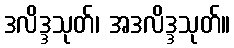
ဒလိဒ္ဒသုတ်၊ အဒလိဒ္ဒသုတ်။